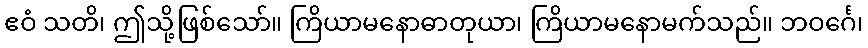
ဧဝံ သတိ၊ ဤသို့ဖြစ်သော်။ ကြိယာမနောဓာတုယာ၊ ကြိယာမနောမက်သည်။ ဘဝင်္ဂေ၊